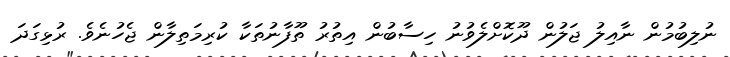
ނުލިބުމުން ނާއިލު ޖަލުން ދޫކޮށްލެވުނު ހިސާބުން އިތުރު ތޫފާނުތަކާ ކުރިމަތިލާން ޖެހުނެވެ. ރުޅިގަދަ